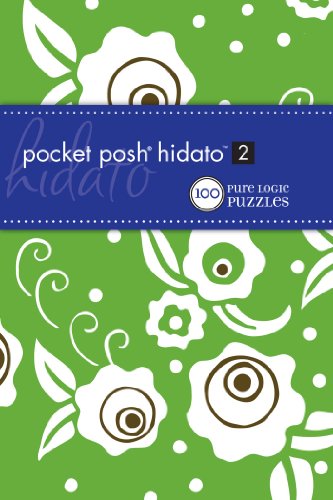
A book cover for Pocket Posh Hidato 2: 100 Pure Logic Puzzles; The Puzzle Society; Humor & Entertainment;